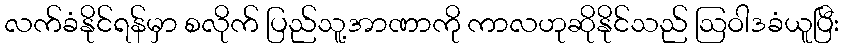
လက်ခံနိုင်ရန်မှာ စလိုက် ပြည်သူ့အာဏာကို ကာလဟုဆိုနိုင်သည် ဩဝါဒခံယူပြီး